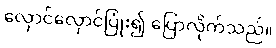
လှောင်လှောင်ပြုံး၍ ပြောလိုက်သည်။